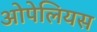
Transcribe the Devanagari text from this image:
ओपेलियस